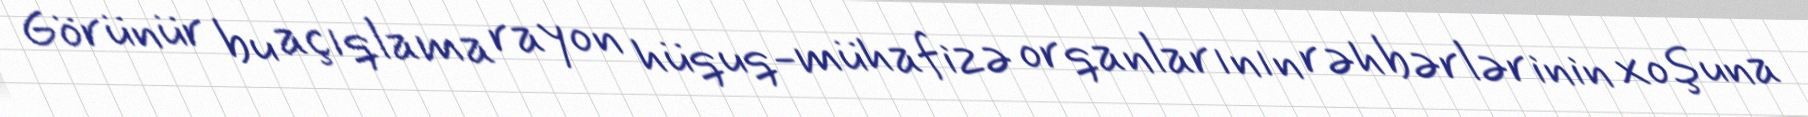
Görünür bu açıqlama rayon hüquq-mühafizə orqanlarının rəhbərlərinin xoşuna